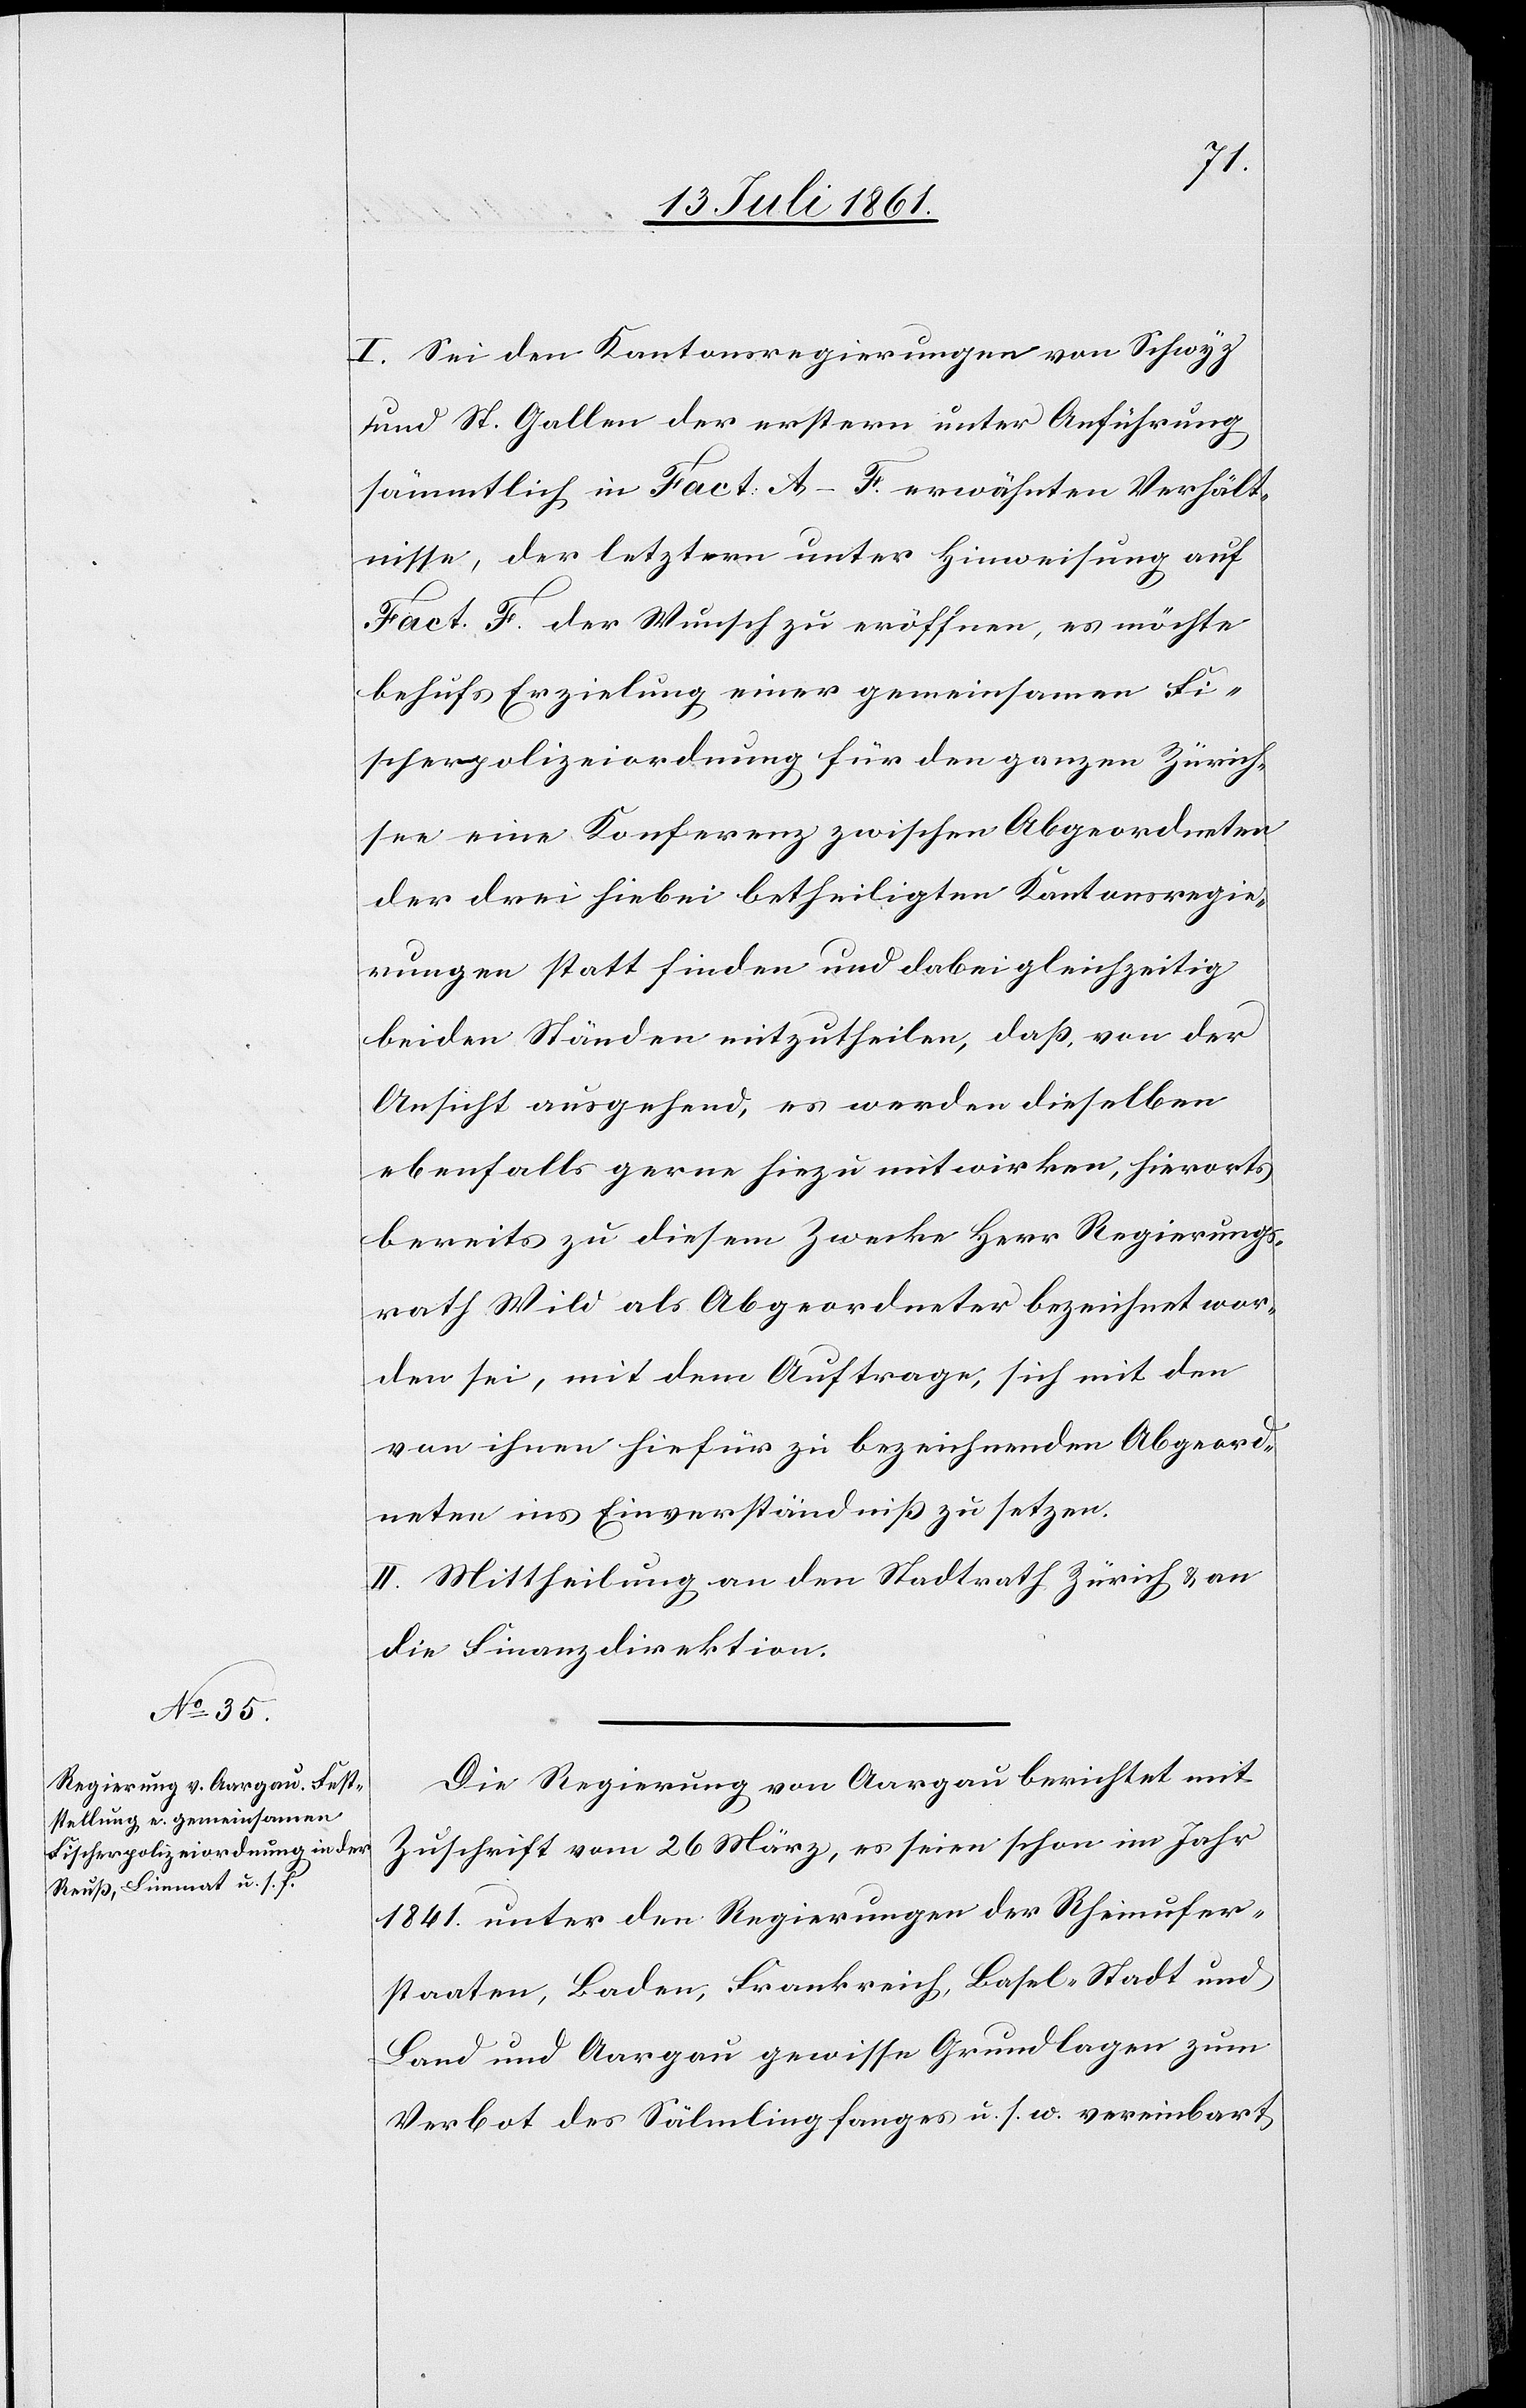
I. Sei den Kantonsregierungen von Schwyz
und St. Gallen der erstern unter Anführung
sämmtlich in Fact. A–F. erwähnten Verhält¬
nisse, der letztern unter Hinweisung auf
Fact. F der Wunsch zu eröffnen, es möchte
behufs Erzielung einer gemeinsamen Fi¬
scherpolizeiordnung für den ganzen Zürich¬
see eine Konferenz zwischen Abgeordneten
der drei hiebei betheiligten Kantonsregie¬
rungen statt finden und dabei gleichzeitig
beiden Ständen mitzutheilen, daß, von der
Ansicht ausgehend, es werden dieselben
ebenfalls gerne hiezu mitwirken, hierorts
bereits zu diesem Zwecke Herr Regierungs¬
rath Wild als Abgeordneter bezeichnet wor¬
den sei, mit dem Auftrage, sich mit den
von ihnen hiefür zu bezeichnenden Abgeord¬
neten ins Einverständniß zu setzen.
II. Mittheilung an den Stadtrath Zürich u. an
die Finanzdirektion.
Die Regierung von Aargau berichtet mit
Zuschrift vom 26 März, es seien schon im Jahr
1841 unter den Regierungen der Rheinufer¬
staaten, Baden, Frankreich, Basel-Stadt und
Land und Aargau gewisse Grundlagen zum
Verbot des Sälmlingfanges u. s. w. vereinbart